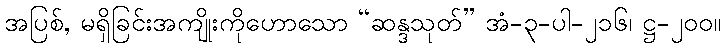
အပြစ်, မရှိခြင်းအကျိုးကိုဟောသော “ဆန္ဒသုတ်” အံ-၃-ပါ-၂၁၆၊ ဋ္ဌ-၂၀၀။